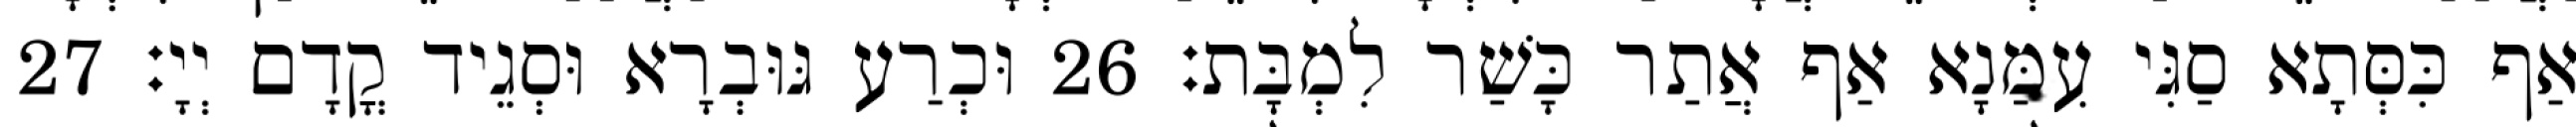
אַף כִּסְּתָא סַגִּי עִמַּנָא אַף אֲתַר כָּשַׁר לִמְבָּת׃ 26 וּכְרַע גּוּבְרָא וּסְגֵיד קֳדָם יְיָ׃ 27